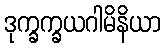
ဒုက္ခက္ခယဂါမိနိယာ